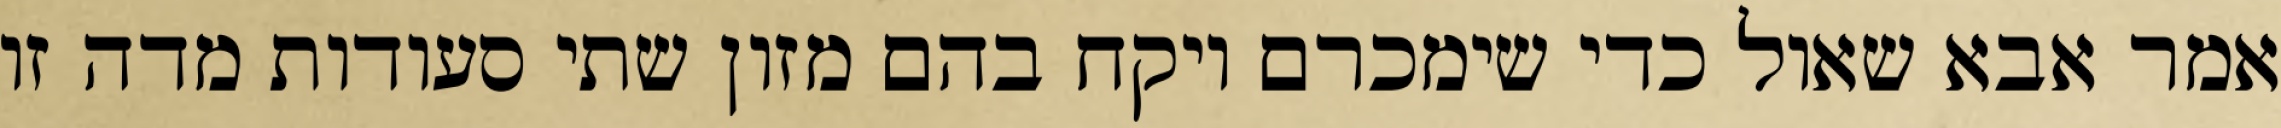
אמר אבא שאול כדי שימכרם ויקח בהם מזון שתי סעודות מדה זו